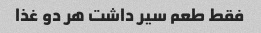
فقط طعم سیر داشت هر دو غذا